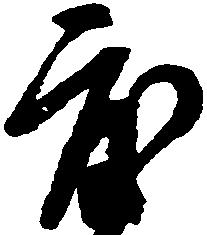
度